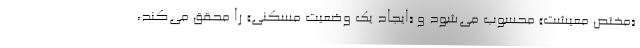
«مختص معیشت» محسوب می‌شود و «ایجاد یک وضعیت مُسکنی» را محقق می‌کند،